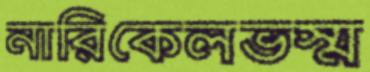
নারিকেলভস্ম